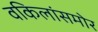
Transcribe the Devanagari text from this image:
वकिलांसमोर